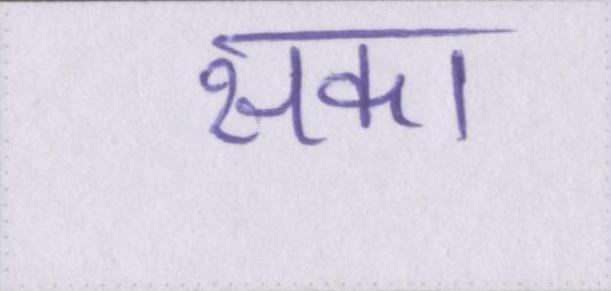
सका